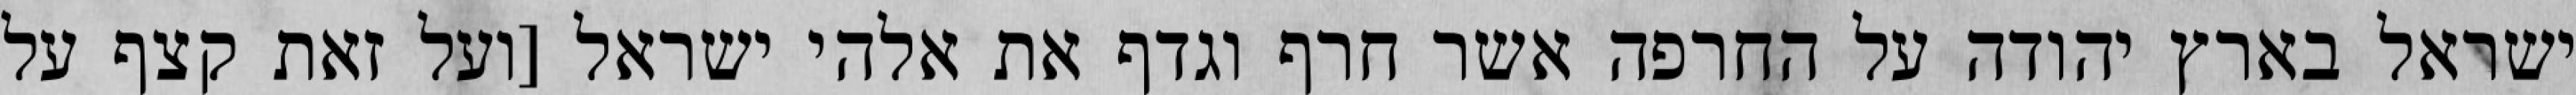
ישראל בארץ יהודה על החרפה אשר חרף וגדף את אלהי ישראל [ועל זאת קצף על